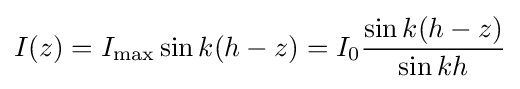
I(z)=I_{\text{max}}\sin {k(h-z)}=I_{0}{\sin {k(h-z)} \over \sin {kh}}